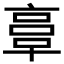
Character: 𠅷